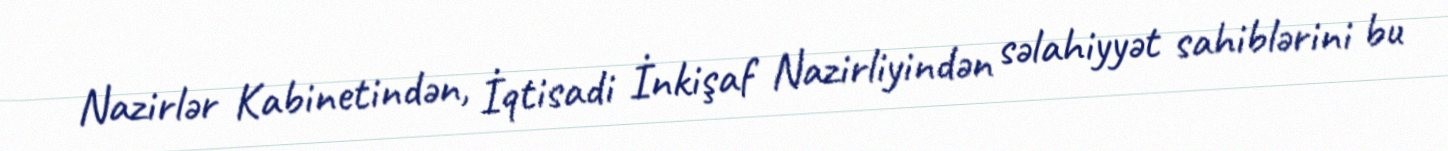
Nazirlər Kabinetindən, İqtisadi İnkişaf Nazirliyindən səlahiyyət sahiblərini bu